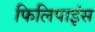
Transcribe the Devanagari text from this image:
फिलिपाइंस